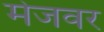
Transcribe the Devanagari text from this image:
मेजवर